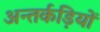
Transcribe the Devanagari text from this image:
अन्तर्कड़ियों